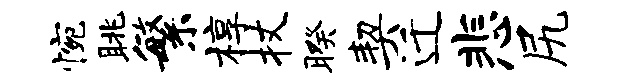
惋眺繁椁杖暌契迁悲尻